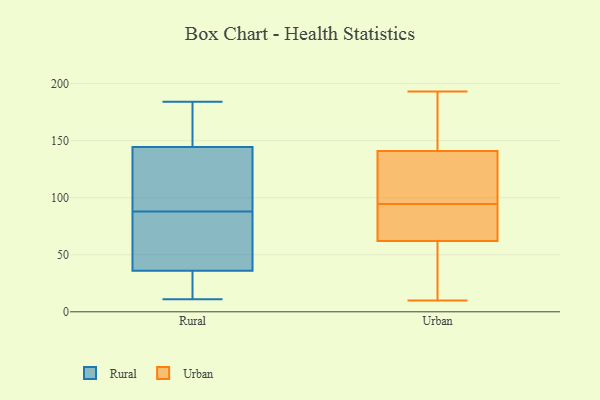
{"axis": {"x": "Inventory Turnover", "y": "Value"}, "legend": ["Rural", "Urban"], "data": [{"x": "", "y": 142, "type": "Rural"}, {"x": "", "y": 147, "type": "Rural"}, {"x": "", "y": 170, "type": "Rural"}, {"x": "", "y": 51, "type": "Rural"}, {"x": "", "y": 39, "type": "Rural"}, {"x": "", "y": 184, "type": "Rural"}, {"x": "", "y": 11, "type": "Rural"}, {"x": "", "y": 27, "type": "Rural"}, {"x": "", "y": 131, "type": "Rural"}, {"x": "", "y": 83, "type": "Rural"}, {"x": "", "y": 163, "type": "Rural"}, {"x": "", "y": 116, "type": "Rural"}, {"x": "", "y": 40, "type": "Rural"}, {"x": "", "y": 19, "type": "Rural"}, {"x": "", "y": 136, "type": "Rural"}, {"x": "", "y": 93, "type": "Rural"}, {"x": "", "y": 77, "type": "Rural"}, {"x": "", "y": 13, "type": "Rural"}, {"x": "", "y": 149, "type": "Rural"}, {"x": "", "y": 33, "type": "Rural"}, {"x": "", "y": 155, "type": "Urban"}, {"x": "", "y": 48, "type": "Urban"}, {"x": "", "y": 17, "type": "Urban"}, {"x": "", "y": 95, "type": "Urban"}, {"x": "", "y": 157, "type": "Urban"}, {"x": "", "y": 10, "type": "Urban"}, {"x": "", "y": 39, "type": "Urban"}, {"x": "", "y": 141, "type": "Urban"}, {"x": "", "y": 94, "type": "Urban"}, {"x": "", "y": 193, "type": "Urban"}, {"x": "", "y": 114, "type": "Urban"}, {"x": "", "y": 102, "type": "Urban"}, {"x": "", "y": 79, "type": "Urban"}, {"x": "", "y": 72, "type": "Urban"}, {"x": "", "y": 157, "type": "Urban"}, {"x": "", "y": 62, "type": "Urban"}, {"x": "", "y": 77, "type": "Urban"}, {"x": "", "y": 116, "type": "Urban"}]}